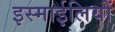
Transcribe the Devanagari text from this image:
इस्माईलियों